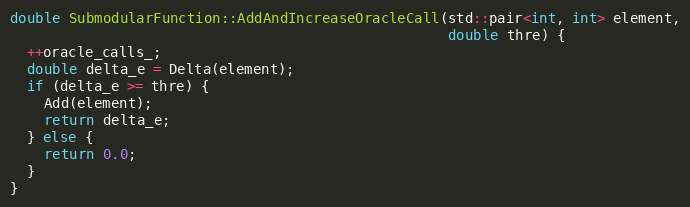
Language: C++
double SubmodularFunction::AddAndIncreaseOracleCall(std::pair<int, int> element,
                                                    double thre) {
  ++oracle_calls_;
  double delta_e = Delta(element);
  if (delta_e >= thre) {
    Add(element);
    return delta_e;
  } else {
    return 0.0;
  }
}